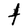
Character: t